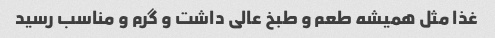
غذا مثل همیشه طعم و طبخ عالی داشت و گرم و مناسب رسید